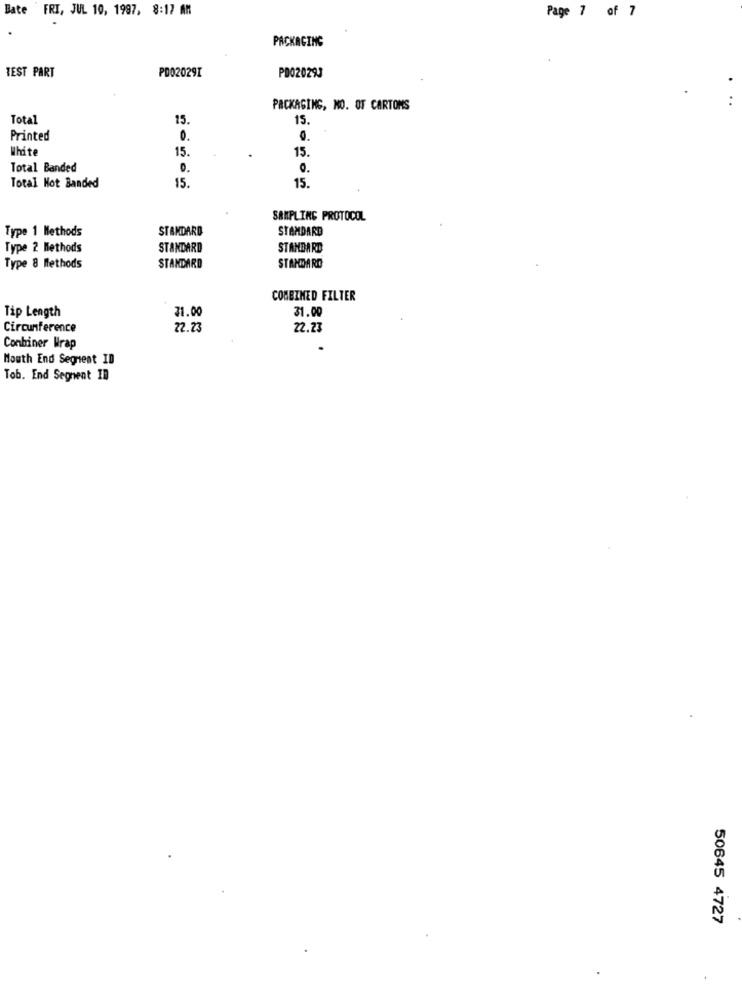
Bate FRI, JUL 10, 1997, 8:17 AM
Page 7 of 7
PACKAGING
TEST PART
PD02029I
PD020293
..
PACKAGING, NO. OF CARTONS
Total
15.
15.
Printed
0.
White
15.
15.
Total Banded
0.
0.
15.
Total Hot Banded
15.
SAMPLING PROTOCOL
STANDARD
STANDARD
Type 1 Methods
Type 2 Methods
STANDARD
STANDARD
Type 8 Methods
STANDARD
STANDARD
COMBINED FILTER
Tip Length
71.00
31.00
Circumference
22.23
22.23
Combiner Wrap
Mouth End Segnest ID
Tob. End Segnent ID
50645 4727